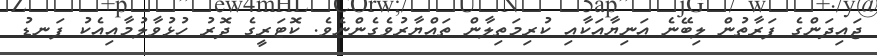
ޖައިދަންގެ ފަރާތުން ލިބޭނެ އަނިޔާއަކާއި ކުރިމަތިލާން ތައްޔާރުވެގެންނެވެ. ކޮޓަރީގެ ދޮރު ހުޅުވާލުމާއިއެކު ފަނޑު